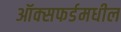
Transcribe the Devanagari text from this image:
ऑक्‍सफर्डमधील